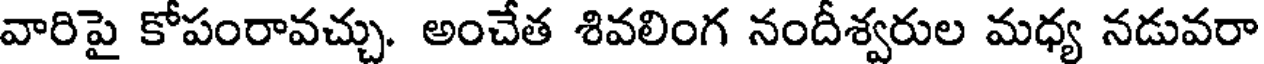
వారిపై కోపంరావచ్చు. అంచేత శివలింగ నందీశ్వరుల మధ్య నడువరా